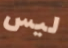
ليس